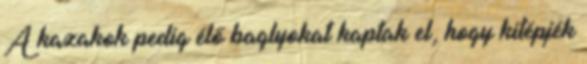
A kazakok pedig élő baglyokat kaptak el, hogy kitépjék